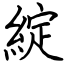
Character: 綻